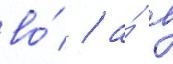
во́ / а́ в